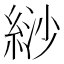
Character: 𦀛